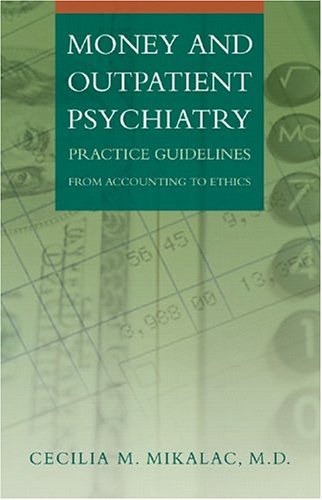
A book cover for Money and Outpatient Psychiatry: Practice Guidelines from Accounting to Ethics; Cecilia M. Mikalac; Business & Money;